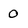
Character: 0